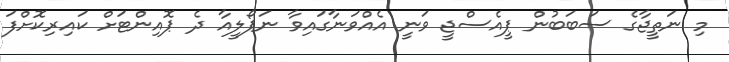
މި ނަތީޖާގެ ސަބަބުން ޕީއެސްޖީ ވަނީ އެއްވަނާގައިވާ ނަޕޯލީއާ ދެ ޕޮއިންޓަށް ކައިރިކޮށްފަ